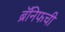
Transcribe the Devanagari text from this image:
ब्रॅनिफची